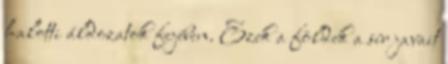
halotti áldozatok fejében. Ezek a földek a sír javait